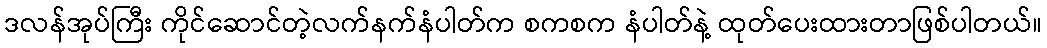
ဒလန်အုပ်ကြီး ကိုင်ဆောင်တဲ့လက်နက်နံပါတ်က စကစက နံပါတ်နဲ့ ထုတ်ပေးထားတာဖြစ်ပါတယ်။